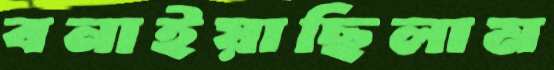
বনাইয়াছিলাম